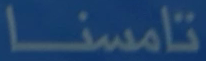
تامسنا